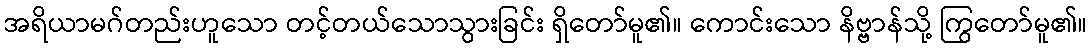
အရိယာမဂ်တည်းဟူသော တင့်တယ်သောသွားခြင်း ရှိတော်မူ၏။ ကောင်းသော နိဗ္ဗာန်သို့ ကြွတော်မူ၏။